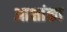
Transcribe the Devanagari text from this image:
आक्षांका